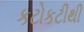
કટોકટીથી